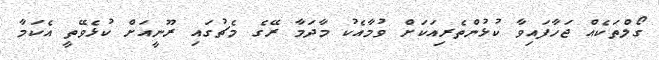
ގޯލްތަކެއް ޖަހާފައިވާ ކުޅުންތެރިއަކަށް ވުމާއެކު މާދަމާ ރޭގެ މެޗުގައި ރޫނީއަށް ކުޅެވޭތީ އެކަމާ